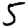
Digit: 5